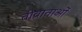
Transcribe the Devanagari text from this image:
तीव्राताओं